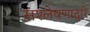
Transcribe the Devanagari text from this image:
संश्लेषणाद्वारे